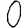
Digit: 0